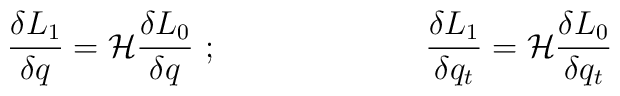
{\delta L_1 \over \delta q}= {\cal H}{\delta L_0 \over \delta q}~;~~~~~~~~~~~~~~~~~~~{\delta L_1 \over \delta q_t}= {\cal H}{\delta L_0 \over \delta q_t}\nonumber